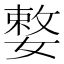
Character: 𡠼